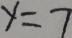
y = 7